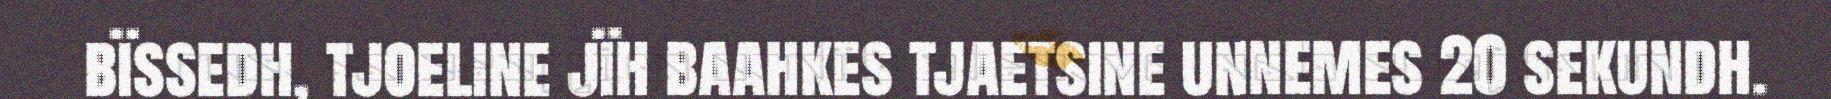
bïssedh, tjoeline jïh baahkes tjaetsine unnemes 20 sekundh.